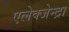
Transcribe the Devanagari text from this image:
एलेक्जेन्द्रा